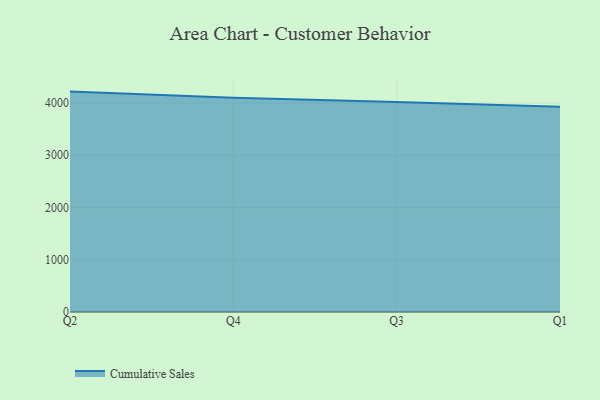
{"axis": {"x": "Quarter", "y": "Bounce Rate (%)"}, "legend": ["Cumulative Sales"], "data": [{"x": "Q2", "y": 4219.0, "type": "Cumulative Sales"}, {"x": "Q4", "y": 4100.6, "type": "Cumulative Sales"}, {"x": "Q3", "y": 4022.3, "type": "Cumulative Sales"}, {"x": "Q1", "y": 3928.8, "type": "Cumulative Sales"}]}